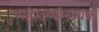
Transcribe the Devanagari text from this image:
महादण्डनायक